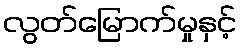
လွတ်မြောက်မှုနှင့်